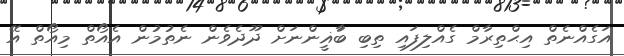
އަގެއްނެތް އިޙްތިރާމް ގެއްލިފައި ތިބި ބަާޣީންނަށް ދޫދެވެން ނެތުމުން އެއޯތް މިއޯތް އޭ